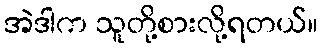
အဲဒါက သူတို့စားလို့ရတယ်။